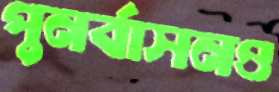
পুনর্বাসনও